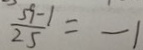
\frac { 5 9 - 1 } { 2 5 } = - 1